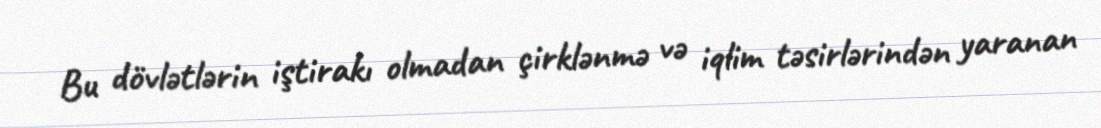
Bu dövlətlərin iştirakı olmadan çirklənmə və iqlim təsirlərindən yaranan